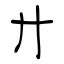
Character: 廾